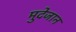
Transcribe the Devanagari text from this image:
मुदेजान